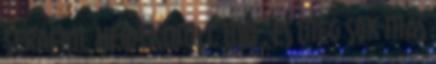
Serafini, Heidi Kumli, Mu . és még sok más